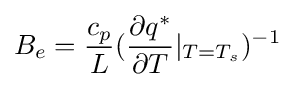
B_{e}={\frac {c_{p}}{L}}({\frac {\partial q^{*}}{\partial T}}|_{T=T_{s}})^{-1}